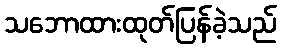
သဘောထားထုတ်ပြန်ခဲ့သည်